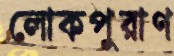
লোকপুরাণ